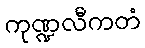
ကုဏ္ဍလီကတံ